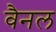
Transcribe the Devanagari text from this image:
वैनल